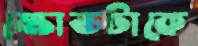
ক্ষোভটাকে